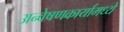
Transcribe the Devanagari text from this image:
अन्वेषणकार्यामध्ये